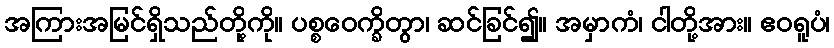
အကြားအမြင်ရှိသည်တို့ကို။ ပစ္စဝေက္ခိတွာ၊ ဆင်ခြင်၍။ အမှာကံ၊ ငါတို့အား။ ဧဝရူပံ၊